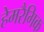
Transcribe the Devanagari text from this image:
हेमरैगिक